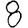
Digit: 8